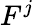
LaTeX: F^{j}